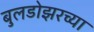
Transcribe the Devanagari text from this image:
बुलडोझरच्या